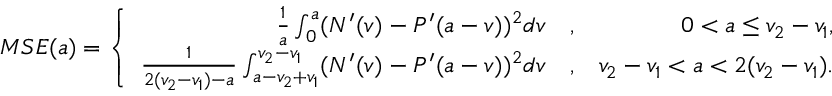
M S E ( a ) = \left\{ \begin{array} { r l r } { \frac { 1 } { a } \int _ { 0 } ^ { a } ( N ^ { \prime } ( v ) - P ^ { \prime } ( a - v ) ) ^ { 2 } d v } & { { } , } & { 0 < a \leq v _ { 2 } - v _ { 1 } , } \\ { \frac { 1 } { 2 ( v _ { 2 } - v _ { 1 } ) - a } \int _ { a - v _ { 2 } + v _ { 1 } } ^ { v _ { 2 } - v _ { 1 } } ( N ^ { \prime } ( v ) - P ^ { \prime } ( a - v ) ) ^ { 2 } d v } & { { } , } & { v _ { 2 } - v _ { 1 } < a < 2 ( v _ { 2 } - v _ { 1 } ) . } \end{array} \right.